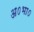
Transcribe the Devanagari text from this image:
अ०भा०